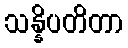
သန္နိပတိတာ